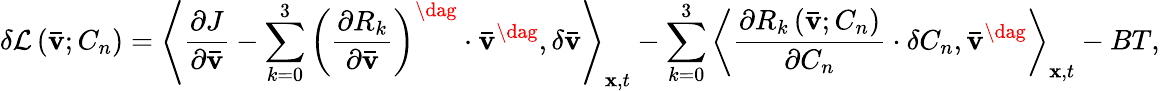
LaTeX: \delta\mathcal{L}\left({{\mathbf{\bar{v}}};{C_{n}}}\right)={\left\langle{\frac{{\partial J}}{{\partial{\mathbf{\bar{v}}}}}-\sum_{k=0}^{3}{{{\left({\frac{{\partial{R_{k}}}}{{\partial{\mathbf{\bar{v}}}}}}\right)}^{\dag}}\cdot{{{\mathbf{\bar{v}}}}^{\dag}}},\delta{\mathbf{\bar{v}}}}\right\rangle_{{\mathbf{x}},t}}-\sum_{k=0}^{3}{{{\left\langle{\frac{{\partial{R_{k}}\left({{\mathbf{\bar{v}}};{C_{n}}}\right)}}{{\partial{C_{n}}}}\cdot\delta{C_{n}},{{{\mathbf{\bar{v}}}}^{\dag}}}\right\rangle}_{{\mathbf{x}},t}}}-BT,